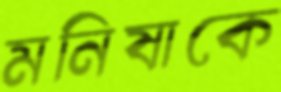
মনিষাকে